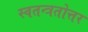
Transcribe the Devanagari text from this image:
स्वतन्त्रतोत्तर